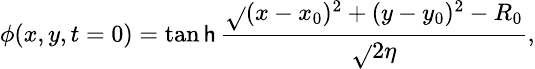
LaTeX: \small\phi(x,y,t=0)=\operatorname{tan\mathsf{h}}\frac{{\sqrt{}{{(x-x_{0})^{2}+(y-y_{0})^{2}}}-R_{0}}}{{\sqrt{}{{2}}\eta}},